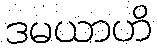
ဒမယာဟိ